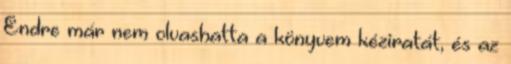
Endre már nem olvashatta a könyvem kéziratát, és az